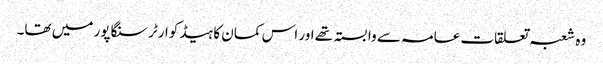
وہ شعبہ تعلقات عامہ سے وابستہ تھے اور اس کمان کا ہیڈ کوارٹر سنگاپور میں تھا۔